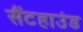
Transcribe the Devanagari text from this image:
सैंटहाउंड